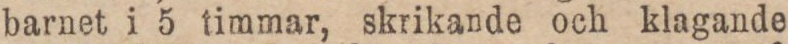
barnet i 5 timmar, skrikande och klagande